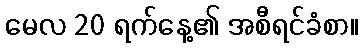
မေလ 20 ရက်နေ့၏ အစီရင်ခံစာ။